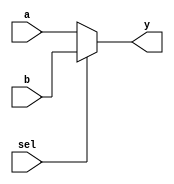
module mux2to1 (
    input wire a,      // Input signal a
    input wire b,      // Input signal b
    input wire sel,    // Select signal
    output reg y       // Output signal y
);

// Combinational logic using an always block with sensitivity list
always @ (a, b, sel) begin
    // Immediate assignment based on the select signal
    if (sel) begin
        y = b;  // If sel is high, output b
    end else begin
        y = a;  // If sel is low, output a
    end
end

endmodule